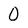
Character: 0